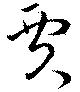
賈